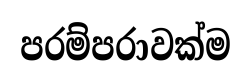
පරම්පරාවක්ම